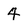
Character: 4